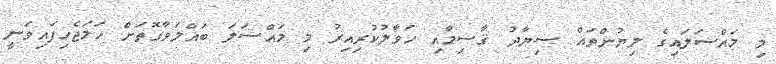
މި މައްސަލައިގެ ލިޔުންތައް ސިޔާދު ޤާސިމާއި ހަވާލުކުރިއިރު މި މައްސަލަ ބައްލަވާގޮތަށް ހަމަޖެހިފައިވަނީ